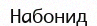
Набонид